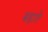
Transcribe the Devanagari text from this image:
बड़ाते